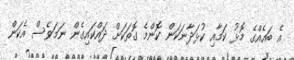
އެ ބައެއްގެ މޮޅު ކަމާއި ކުޅަދާނަކަން ކޮންމެ ގޮތަކަށް ދައްކައިގެން ނަމަވެސް އެކަން